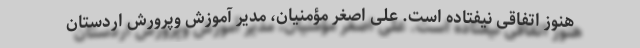
هنوز اتفاقی نیفتاده است. علی اصغر مؤمنیان، مدیر آموزش وپرورش اردستان